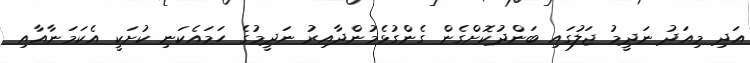
އަދި މިއަދު ނަދީމު ޖަލުގައި ބަންދުކޮށްގެން ގެންގުޅެމުންދާއިރު ނަދީމުގެ ހަމައެކަނި ކުށަކީ އެކަމަނާއާއި